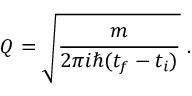
Q = { \sqrt { \frac { m } { 2 \pi i \hbar ( t _ { f } - t _ { i } ) } } } ~ .